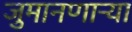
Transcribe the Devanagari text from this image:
जुमानणाऱ्या